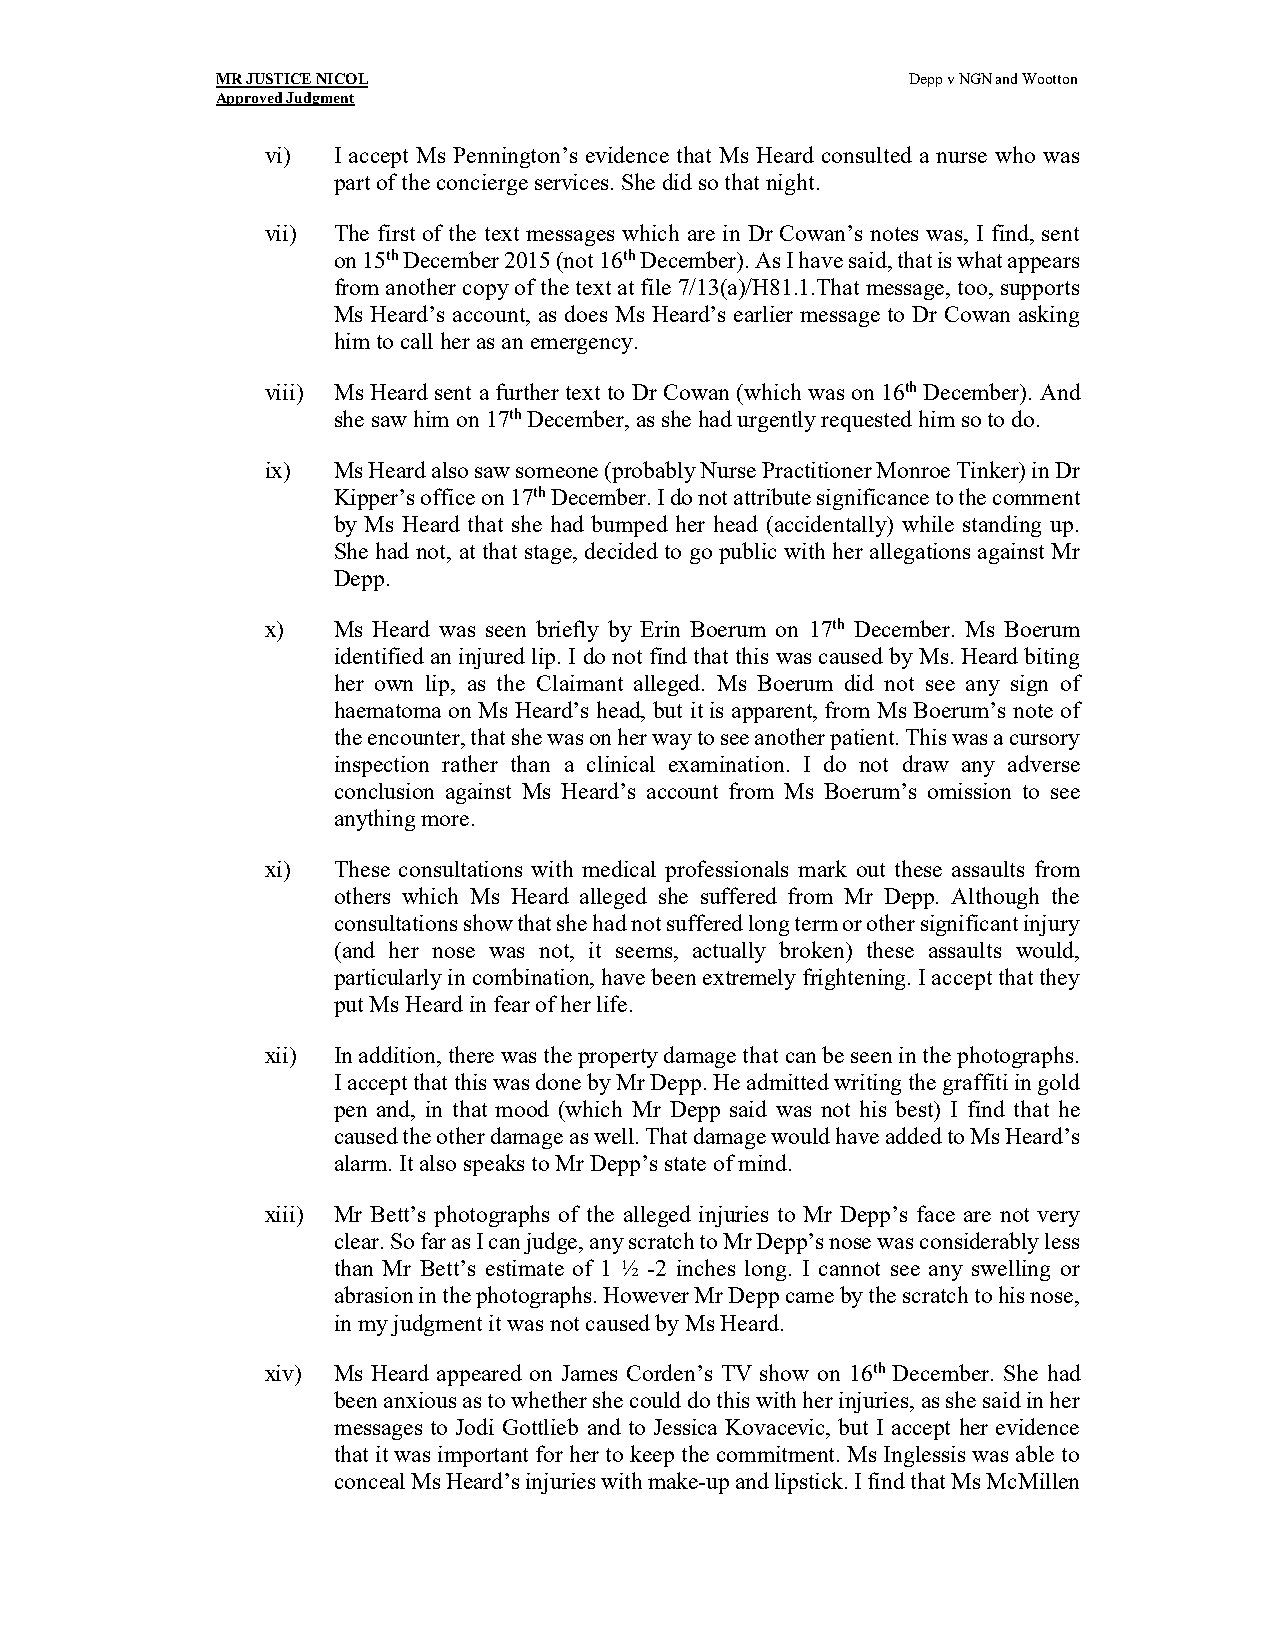
MR JUSTICE NICOL                              Depp v NGN and Wootton
 Approved Judgment
 vi) I accept Ms Pennington’s evidence that Ms Heard consulted a nurse who was
 part of the concierge services. She did so that night.
 vii) The first of the text messages which are in Dr Cowan’s notes was, I find, sent
 on 15th December 2015 (not 16th December). As I have said, that is what appears
 from another copy of the text at file 7/13(a)/H81.1.That message, too, supports
 Ms Heard’s account, as does Ms Heard’s earlier message to Dr Cowan asking
 him to call her as an emergency.
 viii) Ms Heard sent a further text to Dr Cowan (which was on 16th December). And
 she saw him on 17th December, as she had urgently requested him so to do.
 ix) Ms Heard also saw someone (probably Nurse Practitioner Monroe Tinker) in Dr
 Kipper’s office on 17th December. I do not attribute significance to the comment
 by Ms Heard that she had bumped her head (accidentally) while standing up.
 She had not, at that stage, decided to go public with her allegations against Mr
 Depp.
 x)  Ms Heard was seen briefly by Erin Boerum on 17th December. Ms Boerum
 identified an injured lip. I do not find that this was caused by Ms. Heard biting
 her own lip, as the Claimant alleged. Ms Boerum did not see any sign of
 haematoma on Ms Heard’s head, but it is apparent, from Ms Boerum’s note of
 the encounter, that she was on her way to see another patient. This was a cursory
 inspection rather than a clinical examination. I do not draw any adverse
 conclusion against Ms Heard’s account from Ms Boerum’s omission to see
 anything more.
 xi) These consultations with medical professionals mark out these assaults from
 others which Ms Heard alleged she suffered from Mr Depp. Although the
 consultations show that she had not suffered long term or other significant injury
 (and her nose was not, it seems, actually broken) these assaults would,
 particularly in combination, have been extremely frightening. I accept that they
 put Ms Heard in fear of her life.
 xii) In addition, there was the property damage that can be seen in the photographs.
 I accept that this was done by Mr Depp. He admitted writing the graffiti in gold
 pen and, in that mood (which Mr Depp said was not his best) I find that he
 caused the other damage as well. That damage would have added to Ms Heard’s
 alarm. It also speaks to Mr Depp’s state of mind.
 xiii) Mr Bett’s photographs of the alleged injuries to Mr Depp’s face are not very
 clear. So far as I can judge, any scratch to Mr Depp’s nose was considerably less
 than Mr Bett’s estimate of 1 ½ -2 inches long. I cannot see any swelling or
 abrasion in the photographs. However Mr Depp came by the scratch to his nose,
 in my judgment it was not caused by Ms Heard.
 xiv) Ms Heard appeared on James Corden’s TV show on 16th December. She had
 been anxious as to whether she could do this with her injuries, as she said in her
 messages to Jodi Gottlieb and to Jessica Kovacevic, but I accept her evidence
 that it was important for her to keep the commitment. Ms Inglessis was able to
 conceal Ms Heard’s injuries with make-up and lipstick. I find that Ms McMillen